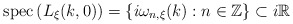
\begin{align*}{\rm spec}\left(L_\xi(k,0)\right)=\left\{i\omega_{n,\xi}(k):n\in\mathbb{Z}\right\}\subset i\mathbb{R}\end{align*}